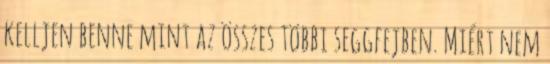
kelljen benne mint az összes többi seggfejben. Miért nem